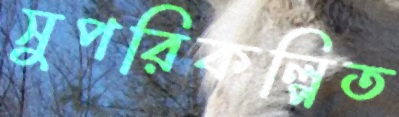
সুপরিকল্পিত